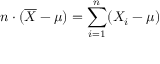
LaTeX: n \cdot ( { \overline { { X } } } - \mu ) = \sum _ { i = 1 } ^ { n } ( X _ { i } - \mu )